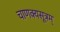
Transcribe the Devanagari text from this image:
चाणक्यसूत्रम्